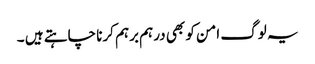
یہ لوگ امن کو بھی درہم برہم کرنا چاہتے ہیں ۔